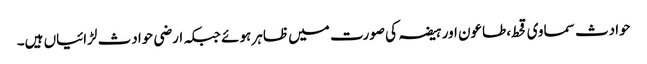
حوادث سماوی قحط،طاعون اور ہیضہ کی صورت میں ظاہر ہوئے جبکہ ارضی حوادث لڑائیاں ہیں۔